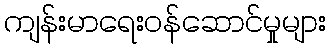
ကျန်းမာရေးဝန်ဆောင်မှုများ